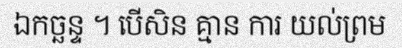
ឯកច្ឆន្ទ ។ បើសិន គ្មាន ការ យល់ព្រម